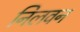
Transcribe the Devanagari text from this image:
निलवन